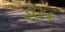
ડણક